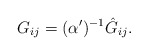
\begin{align*}G_{ij}=(\alpha')^{-1}\hat{G}_{ij}.\end{align*}